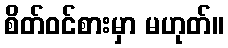
စိတ်ဝင်စားမှာ မဟုတ်။